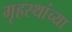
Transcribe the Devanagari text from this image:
गृहस्थांच्या